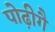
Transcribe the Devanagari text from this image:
पोढ़ीगै